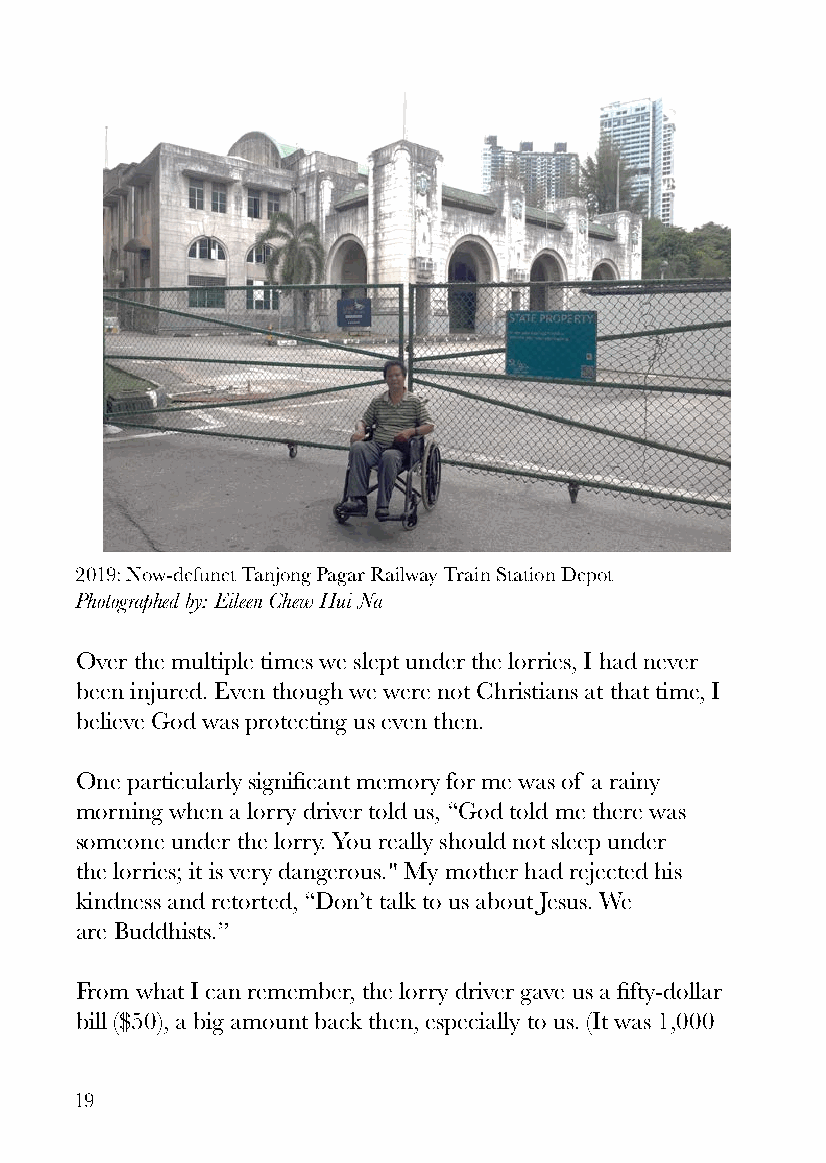
2019: Now-defunct Tanjong Pagar Railway Train Station Depot
 Photographed by: Eileen Chew Hui Na
 Over the multiple times we slept under the lorries, I had never
 been injured. Even though we were not Christians at that time, I
 believe God was protecting us even then.
 One particularly significant memory for me was of a rainy
 morning when a lorry driver told us, “God told me there was
 someone under the lorry. You really should not sleep under
 the lorries; it is very dangerous." My mother had rejected his
 kindness and retorted, “Don’t talk to us about Jesus. We
 are Buddhists.”
 From what I can remember, the lorry driver gave us a fifty-dollar
 bill ($50), a big amount back then, especially to us. (It was 1,000
 19